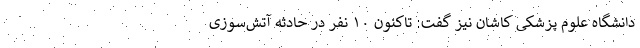
دانشگاه علوم پزشکی کاشان نیز گفت: تاکنون ۱۰ نفر در حادثه آتش‌سوزی